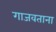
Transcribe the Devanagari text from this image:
गाजवताना